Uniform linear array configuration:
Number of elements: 24
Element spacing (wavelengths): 1
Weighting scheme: binomial
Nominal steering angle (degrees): -30
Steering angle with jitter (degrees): -30.771
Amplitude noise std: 0.05
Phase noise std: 0.05

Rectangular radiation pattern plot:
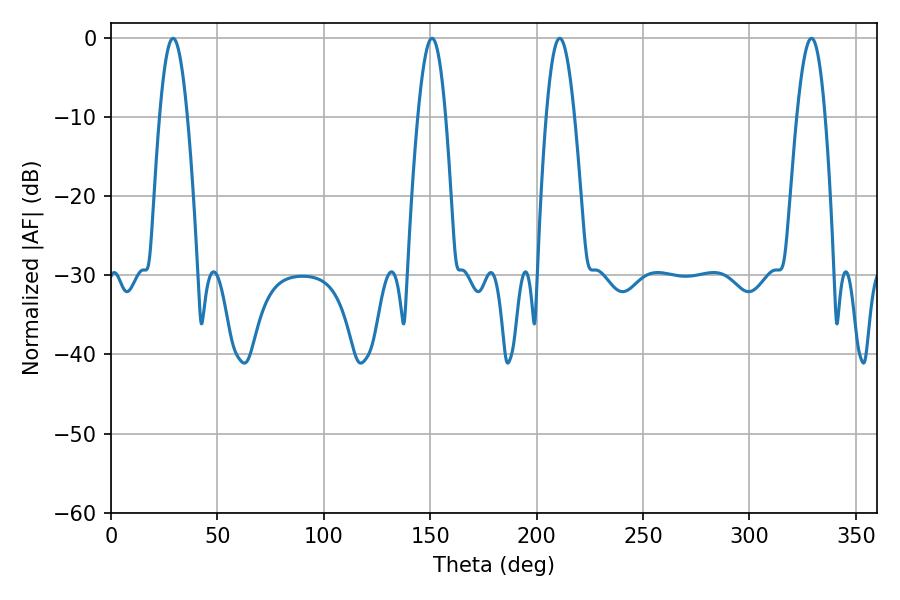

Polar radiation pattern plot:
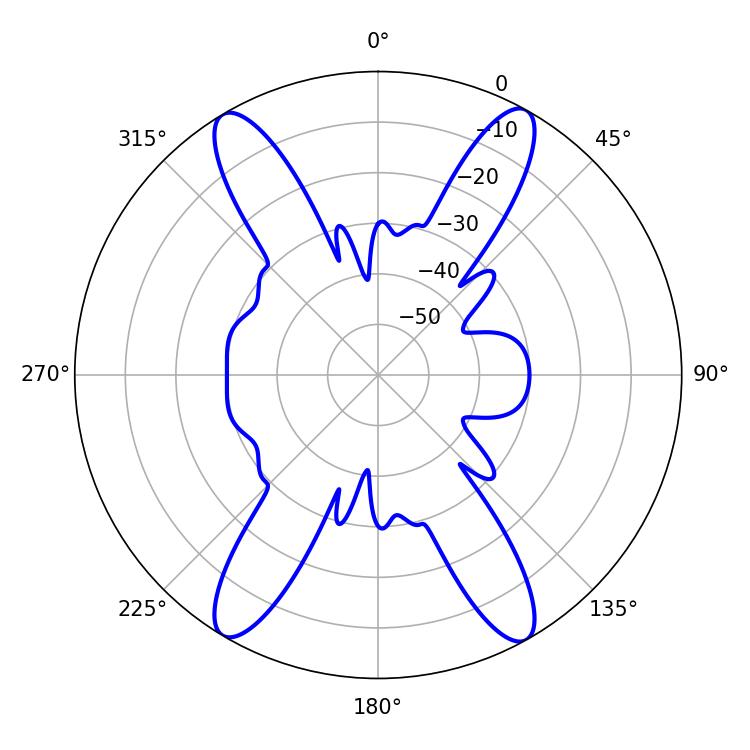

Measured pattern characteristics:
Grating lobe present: TRUE
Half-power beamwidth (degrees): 7.02
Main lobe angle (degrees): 29.16